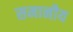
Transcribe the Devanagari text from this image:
समानीय